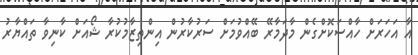
އާ އަހަރަށް ހާއްސަކޮށްގެން މާދަމާރޭ ބޭއްވުމަށް ސަރުކާރުން އިންތިޒާމުކުރާ ޝޯއަށް ކާނިވާ ތައްޔާރު